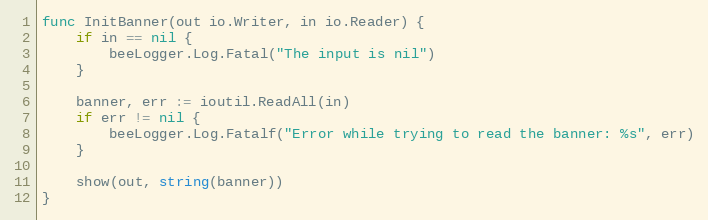
Language: Go
func InitBanner(out io.Writer, in io.Reader) {
	if in == nil {
		beeLogger.Log.Fatal("The input is nil")
	}

	banner, err := ioutil.ReadAll(in)
	if err != nil {
		beeLogger.Log.Fatalf("Error while trying to read the banner: %s", err)
	}

	show(out, string(banner))
}